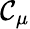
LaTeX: \mathcal{C}_{\mu}